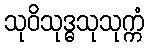
သုဝိသုဒ္ဓသုသုက္ကံ